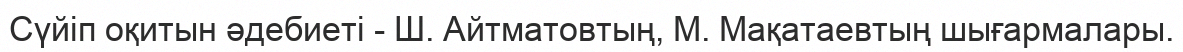
Сүйіп оқитын әдебиеті - Ш. Айтматовтың, М. Мақатаевтың шығармалары.